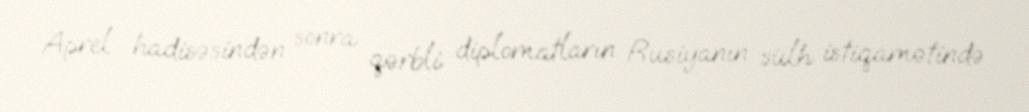
Aprel hadisəsindən sonra qərbli diplomatların Rusiyanın sülh istiqamətində